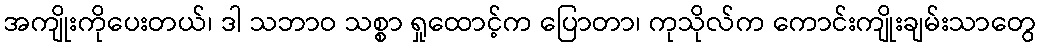
အကျိုးကိုပေးတယ်၊ ဒါ သဘာဝ သစ္စာ ရှုထောင့်က ပြောတာ၊ ကုသိုလ်က ကောင်းကျိုးချမ်းသာတွေ